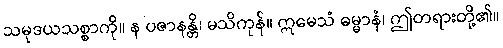
သမုဒယသစ္စာကို။ န ပဇာနန္တိ၊ မသိကုန်။ ဣမေသံ ဓမ္မာနံ၊ ဤတရားတို့၏။